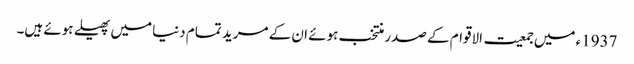
1937ء میں جمعیت الاقوام کے صدر منتخب ہوئے ان کے مرید تمام دنیا میں پھیلے ہوئے ہیں۔